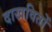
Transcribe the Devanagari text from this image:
दाखवितों